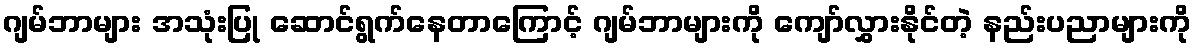
ဂျမ်ဘာများ အသုံးပြု ဆောင်ရွက်နေတာကြောင့် ဂျမ်ဘာများကို ကျော်လွှားနိုင်တဲ့ နည်းပညာများကို